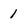
Character: 1